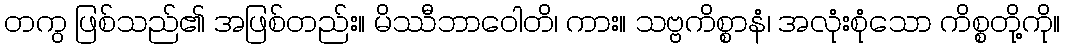
တကွ ဖြစ်သည်၏ အဖြစ်တည်း။ မိဿီဘာဝေါတိ၊ ကား။ သဗ္ဗကိစ္စာနံ၊ အလုံးစုံသော ကိစ္စတို့ကို။